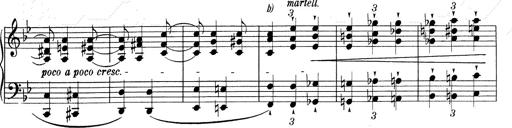
Title: RÃ©miniscences de Don Juan
Composer: Franz Liszt